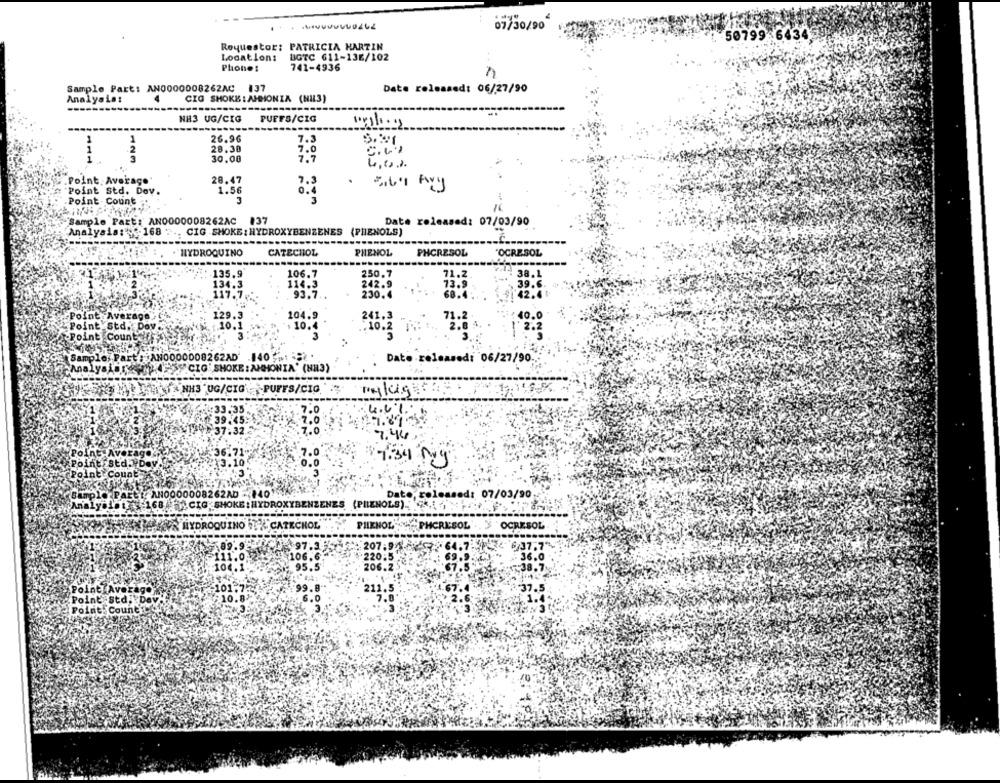
07/30/90
50799-6434
Requestor: PATRICIA KARZIN
Location:
BGTC 611-13E/102
Phone:
741-4936
Sample Part: AN0000008262AC 137
Date released: 06/27/90
Analysis:
CIG SHOKE : AHHONIA (NIL3)
--------.
NH3 UG/CIG
PUFFS/CIG
1
26.96
7.3
1
28.30
1
2
30.00
7.0
7.7
Point, Average
28.47
7.3
.
1.56
Point std. Dov.
0.4
Point - Count
3
Sample Part: AN0000008262AC 137
Date released: 07/03/90
Analysis: - 168
CIG SHOKE: HYDROXYBENZENES (PHENOLS)
HYDROQUINO
CATECHOL
PHENOL
PHCRESOL
"OCRESOL
135.9
106.7
250.7
38.1
134.3
114.3
242.9
.39.6
236.
-Point Average
129.
104.9
241,3
: 40.
Point Std. Doy
10.
10.2
-Point Count :
3
3
Sample: Part:JAN0000008262AD 140 w:
Date released: 06/27/90
Analys Adres
CIG SHOKE : AMMONIA' (NR3)
1 & NH3 " UG/CIG' PUFFS/CIO
4.6%
7.44
Poin
age
36.71
7.0
Point Std. Dey.
3.10
0.0
Point Count
3
Sample PAEtt, ANO000008262AD - 140
Date, released: 07/03/90
Analy 101 4-1684 \CIG SHOKE : HYDROXYBENZENES (PILENOLS).
HYDROQUINO F & CATECHOL
PHENOL
PHCRESOL
OCRESOL
4- 6 37.7"
= 36.0
Point
Point
Point